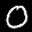
Label: 0